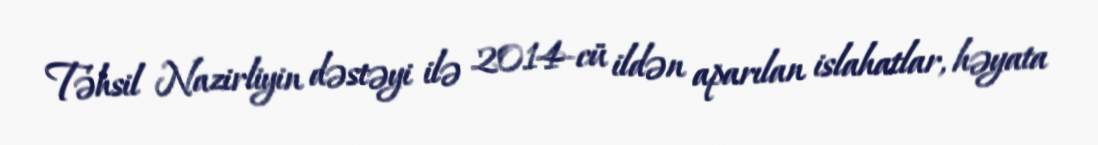
Təhsil Nazirliyin dəstəyi ilə 2014-cü ildən aparılan islahatlar, həyata